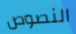
النصوص